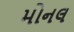
મોનલ